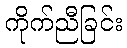
ကိုက်ညီခြင်း